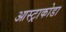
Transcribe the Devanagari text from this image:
आस्ट्राकोडा